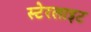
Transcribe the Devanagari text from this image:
स्टेरलाइट